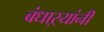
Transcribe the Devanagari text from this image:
बंधाऱ्यांनी